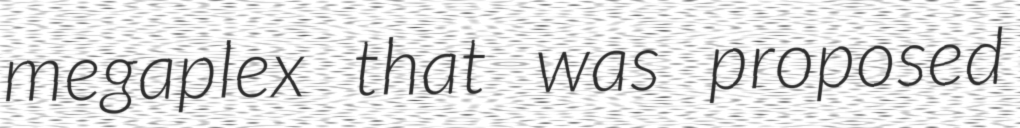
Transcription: megaplex that was proposed